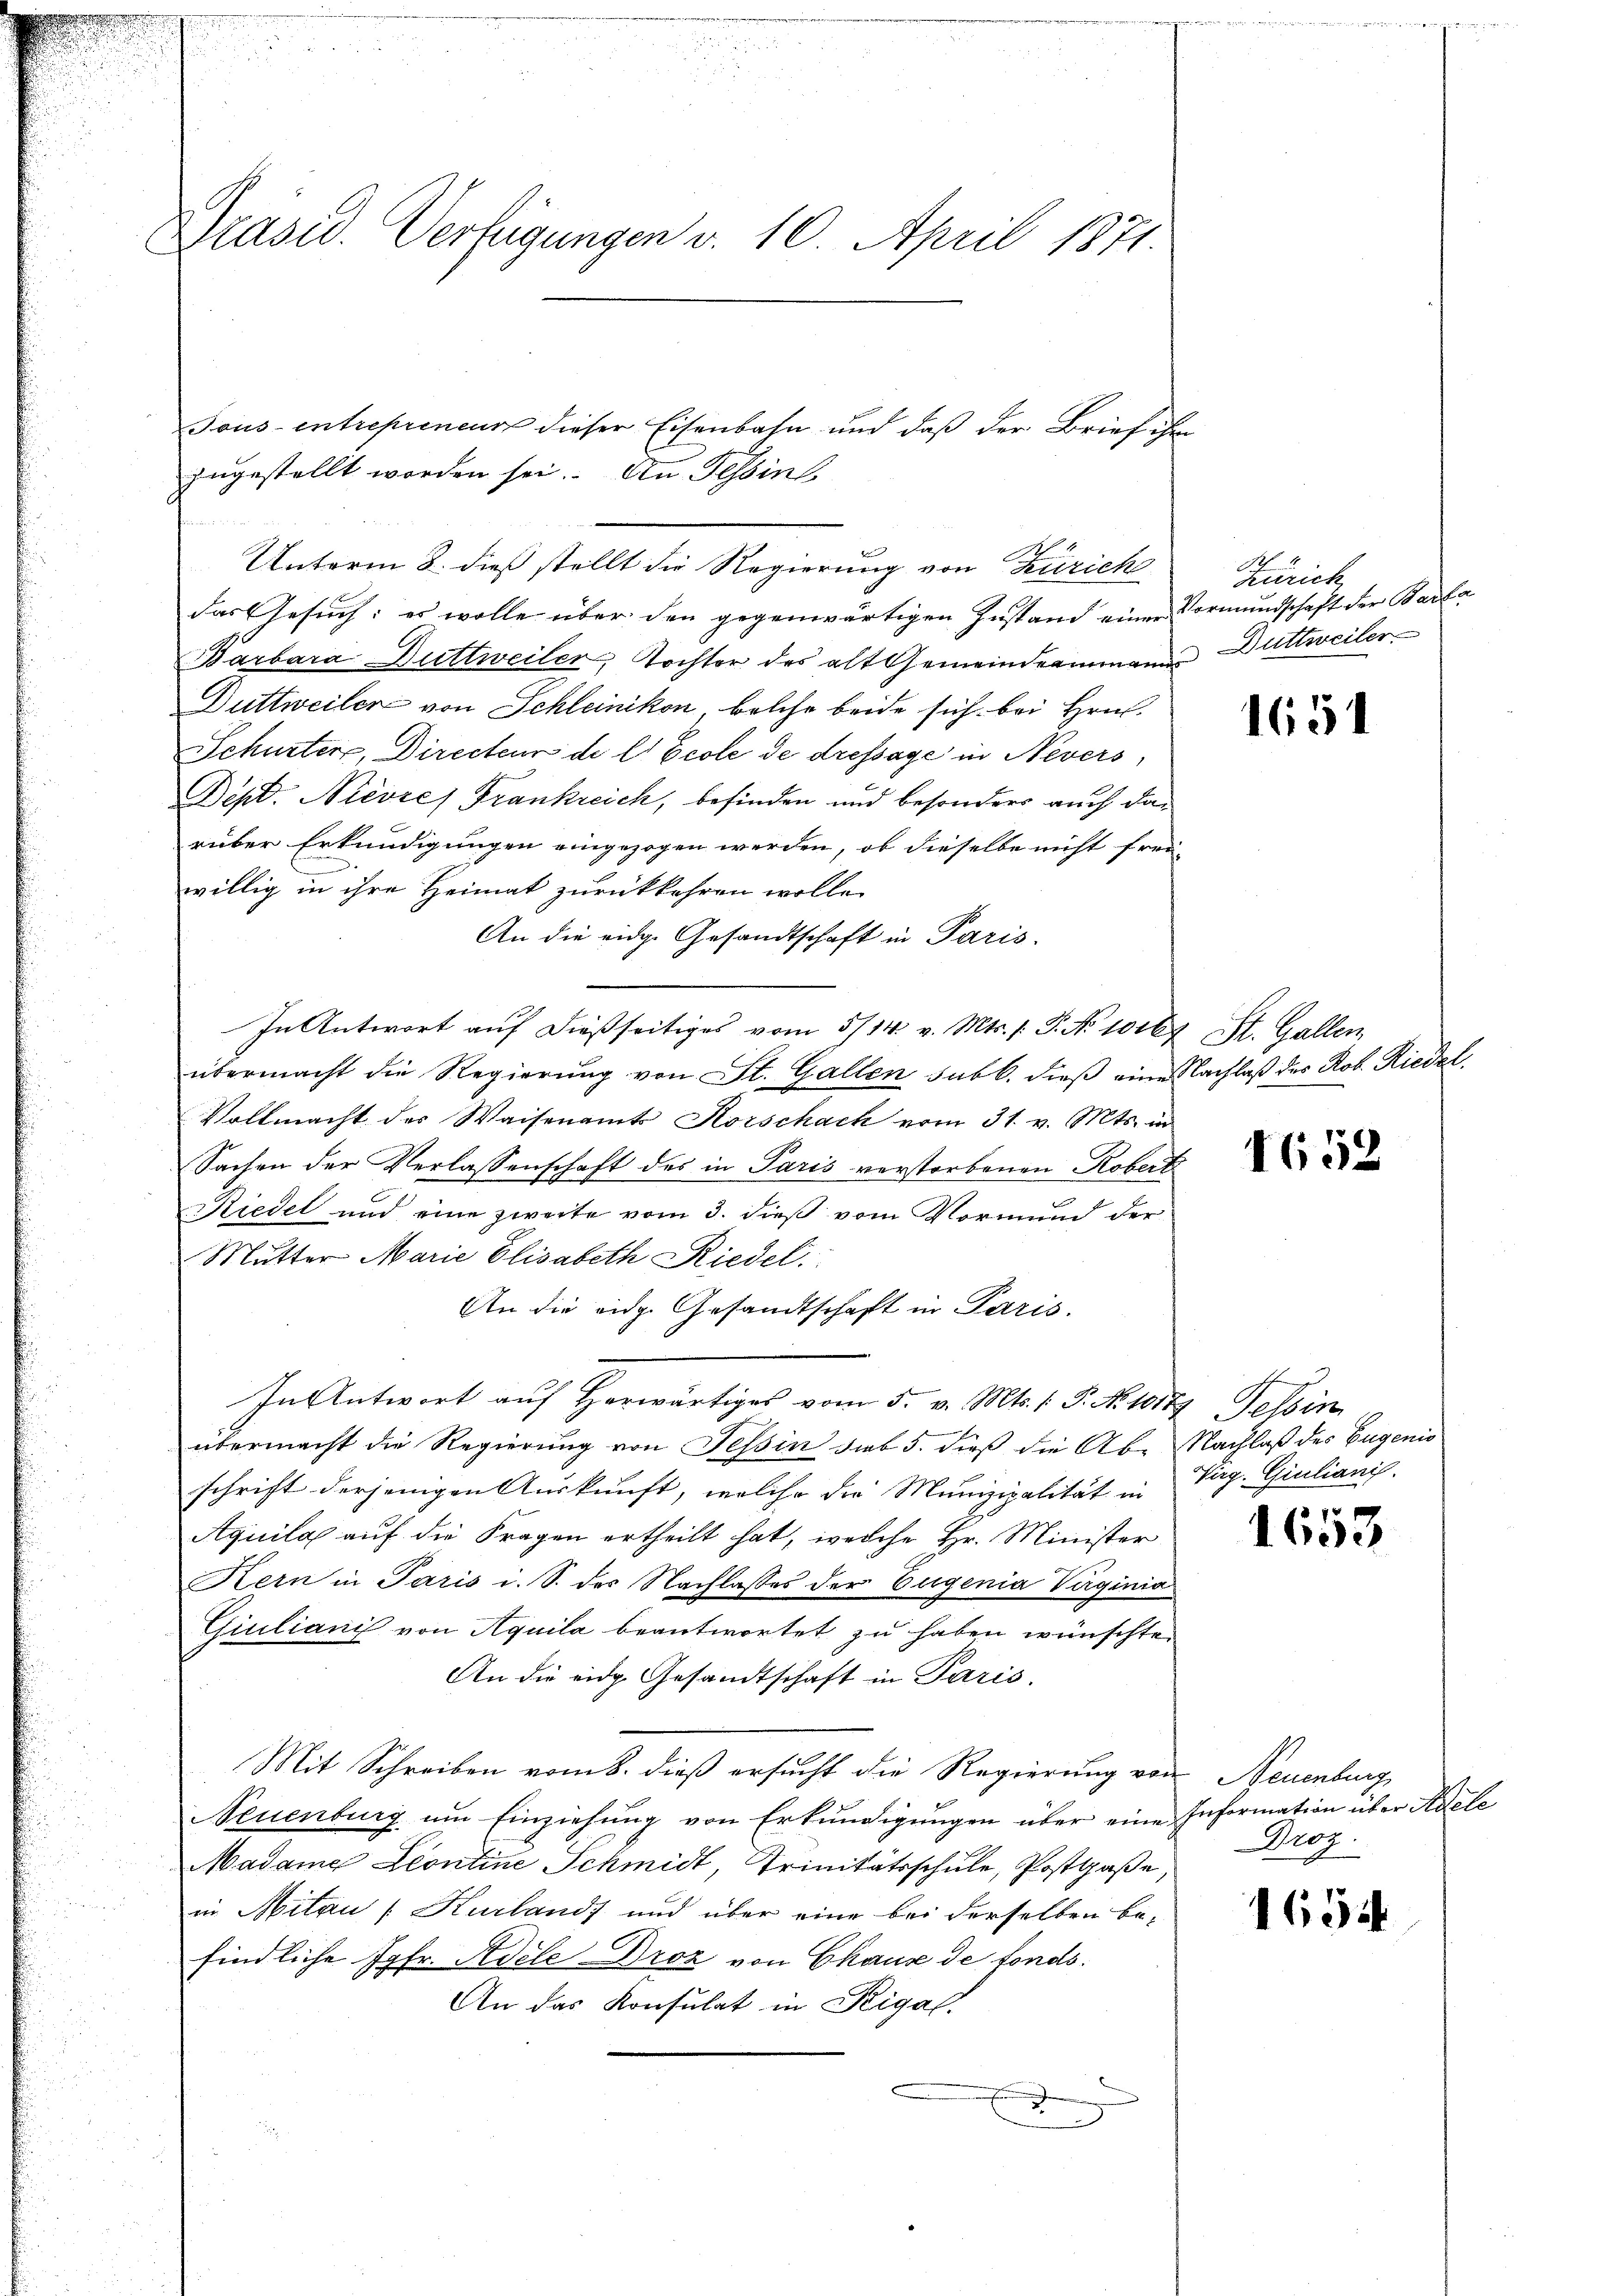
Präsid. Verfügungen v. 10. April 1871

Tous entrepreneurs dieser Eisenbahn und daß der Brief ihre
zugestellt worden sei. An Tessin
Unterm 8. dieß stellt die Regierung von Zürich
das Gesuch: es wolle über den gegenwärtigen Zustand einer
Barbara Duttweiler, Tochter des alt Gemeindeammann
Duttweiler von Schleinikon, welche beide sich bei Hrn.
Schurter, Directeur di l Ecole de dressage in Nevers
Dept. Nievze) Frankreich, befinden und besonders auch darüber Erkundigungen eingezogen werden, ob dieselbe nicht freiwillig in ihre Heimat zurückkehren wolle.
An die eidge Gesandtschaft in Paris.
In Antwort auf dießseitiges vom 5/14. v. Mts. /: P. No 1016
übermacht die Regierung von St. Gallen sub b. dieß eine
Vollmacht des Waisenamts Korschach vom 31. v. Mts. in
Sachen der Verlassenschaft des in Paris verstorbenen Koberr
Riedel und eine zweite vom 3. dieß vom Vormund der
Mutter Marie Elisabeth Riedel
An die eidg. Gesandtschaft in Paris.
In Antwort auf Herwärtiges vom 5. v. Mts. 1. P. No 1017, Tessin
übermacht die Regierung von Tessin dies 5. dieß die Ab-
schrift derjenigen Auskunft, welche die Munizipalität in
Aquila auf die Fragen ertheilt hat, welche Hr. Minister
Kern in Paris i. S. des Nachlasses der Eugenia Virginia
Giuliani von Aquila beantwortet zu haben wünschte
An die eidg. Gesandtschaft in Paris.
Mit Schreiben vom 8. dieß ersucht die Regierung von
Neuenburg um Einziehung von Erkundigungen über eine
Madame Leontine Schmidt, Trinitätsschule, Postgaße,
in Mitau [Kurland) und über eine bei derselben befindliche Jgfr. Adele-Droz von Chause de fonds.
An das Konsulat in Rigal.
2

B
Zürich
Vormundschaft der Barka
Duttweiler

1651

24 St. Gallen
Nachlaß des Rob. Riedel.

1658

Nachlaß der Eugenis
Virg. Giulianis

1653

de Neuenburg
Information über Adele
Droz.

1654